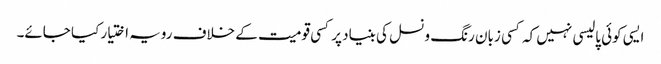
ایسی کوئی پالیسی نہیں کہ کسی زبان رنگ و نسل کی بنیاد پر کسی قومیت کے خلاف رویہ اختیار کیا جائے۔